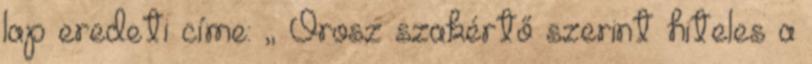
lap eredeti címe: „ Orosz szakértő szerint hiteles a